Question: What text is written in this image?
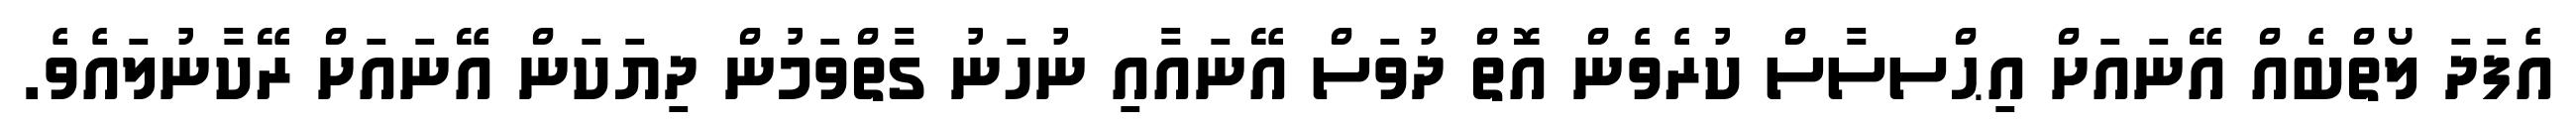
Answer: އެފަދަ ލޯތްބެއް އޭނައަށް އިޙްސސާސް ކުރެވެން އޮތް ދުވަސް އޭނައާއި ނުހަނު ގާތްވަމުން ދިޔަކަން އޭނައަށް ރޭކާނުލައެވެ.